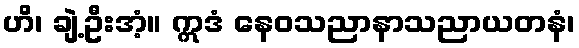
ဟိ၊ ချဲ့ဦးအံ့။ ဣဒံ နေဝသညာနာသညာယတနံ၊